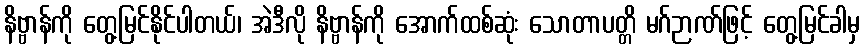
နိဗ္ဗာန်ကို တွေ့မြင်နိုင်ပါတယ်၊ အဲဒီလို နိဗ္ဗာန်ကို အောက်ထစ်ဆုံး သောတာပတ္တိ မဂ်ဉာဏ်ဖြင့် တွေ့မြင်ခါမှ